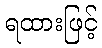
ရထားဖြင့်